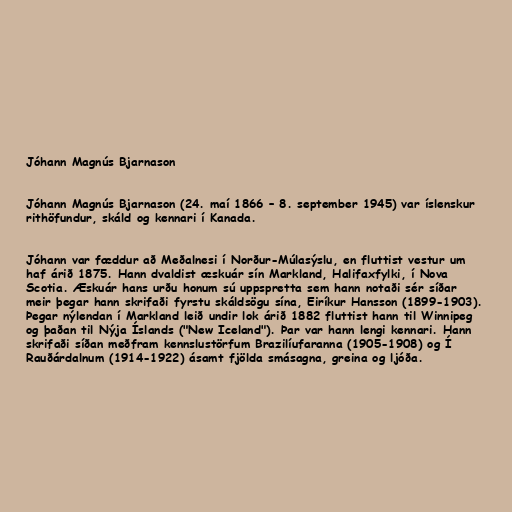
Jóhann Magnús Bjarnason

Jóhann Magnús Bjarnason (24. maí 1866 – 8. september 1945) var íslenskur
rithöfundur, skáld og kennari í Kanada.

Jóhann var fæddur að Meðalnesi í Norður-Múlasýslu, en fluttist vestur um
haf árið 1875. Hann dvaldist æskuár sín Markland, Halifaxfylki, í Nova
Scotia. Æskuár hans urðu honum sú uppspretta sem hann notaði sér síðar
meir þegar hann skrifaði fyrstu skáldsögu sína, Eiríkur Hansson (1899-1903).
Þegar nýlendan í Markland leið undir lok árið 1882 fluttist hann til Winnipeg
og þaðan til Nýja Íslands ("New Iceland"). Þar var hann lengi kennari. Hann
skrifaði síðan meðfram kennslustörfum Brazilíufaranna (1905-1908) og Í
Rauðárdalnum (1914-1922) ásamt fjölda smásagna, greina og ljóða.